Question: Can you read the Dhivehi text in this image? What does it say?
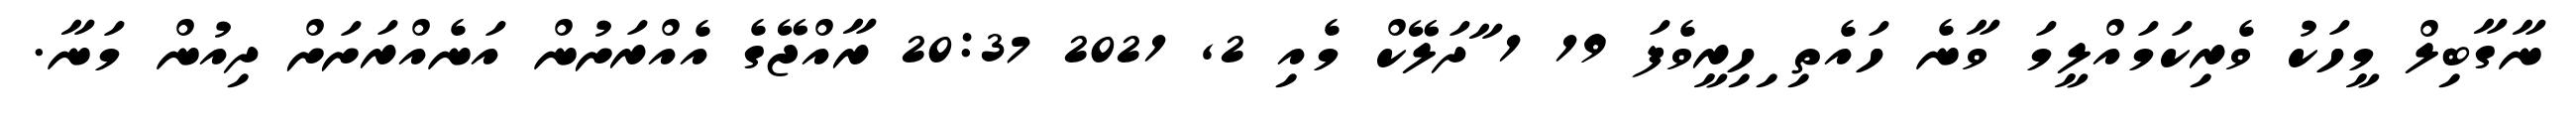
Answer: ނާގާބިލް މީހަކު ވެރިކަމައްލީމަ ވާނެ ހައެތި ިހިރީވެފަ 19 1 ާދަލޭކް މެއި 2, 2021 20:37 ރާއްޖޭގެ އެއްރަށުން އަނެއްރަށަށް ދިއުން މަނާ.